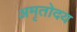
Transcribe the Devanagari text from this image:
अमृतोदय